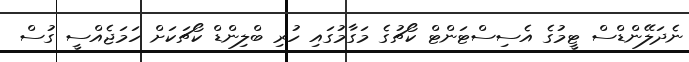
ނެދަލޭންޑްސް ޓީމުގެ އެސިސްޓަންޓް ކޯޗުގެ މަގާމުގައި ހުރި ބްލިންޑް ކޯޗަކަށް ހަމަޖެއްސީ ގުސް